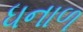
ધનાળ